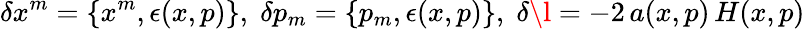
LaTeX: \delta{x^{m}}=\{ x^{m},\epsilon(x,p)\} ,\; \delta{p_{m}}=\{ p_{m},\epsilon(x,p)\} ,\; \delta\l=-2\, a(x,p)\, H(x,p)